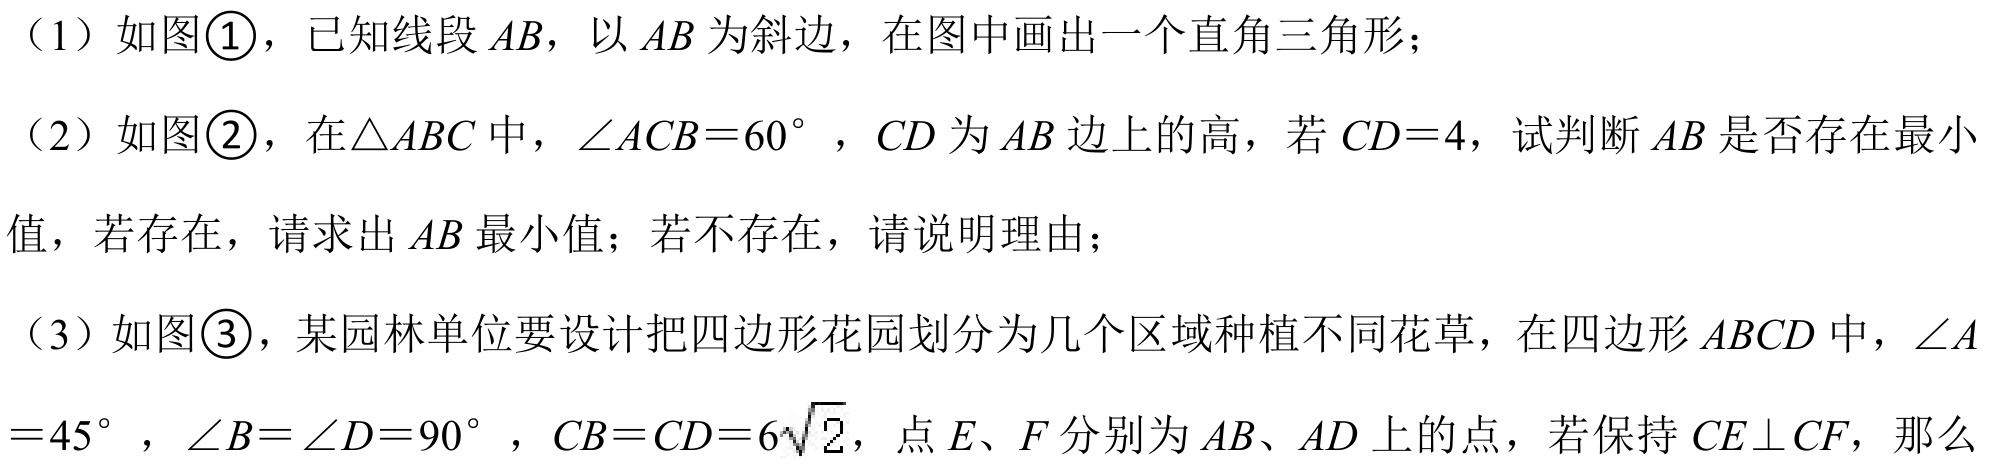
（1）如图\textcircled{1}，已知线段\(AB\)，以\(AB\)为斜边，在图中画出一个直角三角形；
（2）如图\textcircled{2}，在\(\triangle ABC\)中，\(\angle ACB = 60^{\circ}\)，\(CD\)为\(AB\)边上的高，若\(CD = 4\)，试判断\(AB\)是否存在最小值，若存在，请求出\(AB\)最小值；若不存在，请说明理由；
（3）如图\textcircled{3}，某园林单位要设计把四边形花园划分为几个区域种植不同花草，在四边形\(ABCD\)中，\(\angle A=45^{\circ}\)，\(\angle B = \angle D = 90^{\circ}\)，\(CB = CD = 6\sqrt{2}\)，点\(E、F\)分别为\(AB、AD\)上的点，若保持\(CE\perp CF\)，那么